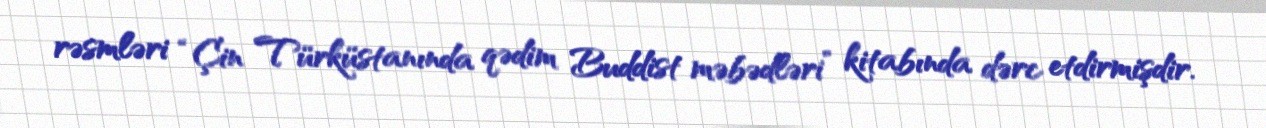
rəsmləri “Çin Türküstanında qədim Buddist məbədləri” kitabında dərc etdirmişdir.